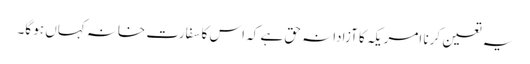
یہ تعین کرنا امریکہ کا آزادانہ حق ہے کہ اس کا سفارت خانہ کہاں ہو گا۔